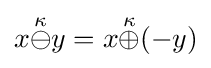
x{\stackrel {\kappa }{\ominus }}y=x{\stackrel {\kappa }{\oplus }}(-y)